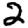
Digit: 2